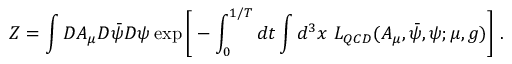
{ \cal Z } = \int { \cal D } A _ { \mu } { \cal D } \bar { \psi } { \cal D } \psi \exp \bigg [ - \int _ { 0 } ^ { 1 / T } d t \int d ^ { 3 } x ~ { \cal L } _ { Q C D } ( A _ { \mu } , \bar { \psi } , \psi ; \mu , g ) \bigg ] \ .